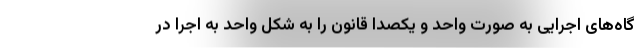
گاه‌های اجرایی به صورت واحد و یکصدا قانون را به شکل واحد به اجرا در